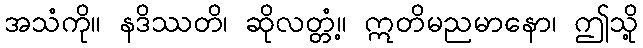
အသံကို။ နဒိဿတိ၊ ဆိုလတ္တံ့။ ဣတိမညမာနော၊ ဤသို့